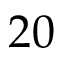
2 0